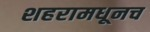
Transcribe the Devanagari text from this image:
शहरामधूनच